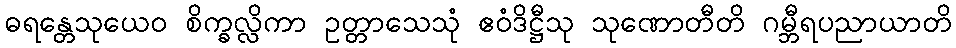
ဓရန္တေသုယေဝ စိက္ခလ္လိကာ ဥတ္တာသေသုံ ဧဝံဒိဋ္ဌီသု သုဏောတီတိ ဂမ္ဘီရပညာယာတိ